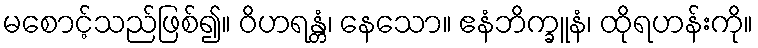
မစောင့်သည်ဖြစ်၍။ ဝိဟရန္တံ၊ နေသော။ ဧနံဘိက္ခူနံ၊ ထိုရဟန်းကို။